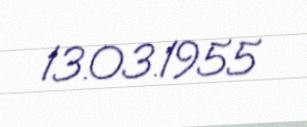
13.03.1955